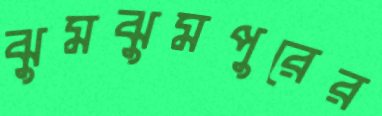
ঝুমঝুমপুরের